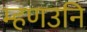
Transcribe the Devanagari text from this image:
म्हणउनि